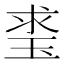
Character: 𤥲